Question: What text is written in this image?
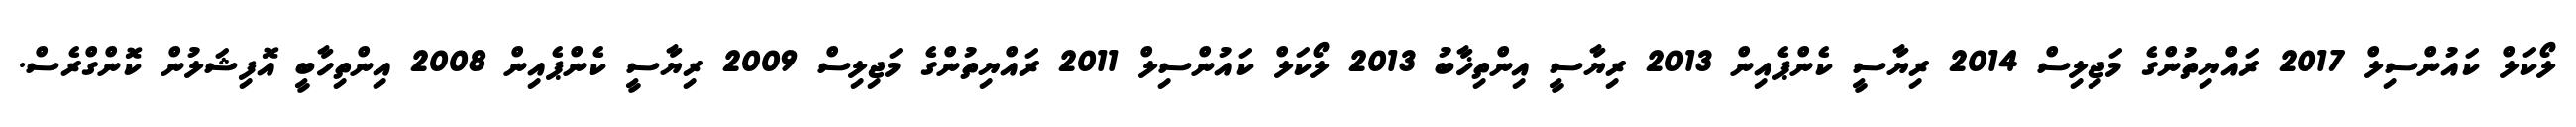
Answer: ލޯކަލް ކައުންސިލް 2017 ރައްޔިތުންގެ މަޖިލިސް 2014 ރިޔާސީ ކެންޕެއިން 2013 ރިޔާސީ އިންތިޚާބު 2013 ލޯކަލް ކައުންސިލް 2011 ރައްޔިތުންގެ މަޖިލިސް 2009 ރިޔާސީ ކެންޕެއިން 2008 އިންތިހާބީ އޮފިޝަލުން ކޮންގްރެސް.